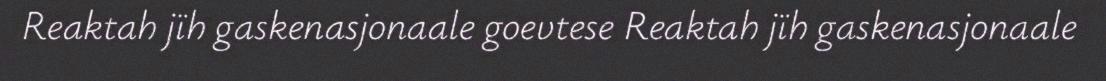
​Reaktah jïh gaskenasjonaale goevtese Reaktah jïh gaskenasjonaale